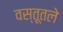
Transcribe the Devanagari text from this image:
वस्तूतले